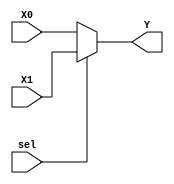
module Mux5_2(
    input wire [4:0] X0, X1,
    input wire sel,
    output reg [4:0] Y
    );
    
    always @*
      if (sel)
        Y = X1;
      else
        Y = X0;
    
endmodule